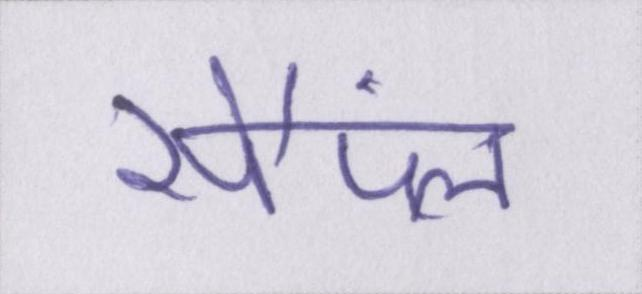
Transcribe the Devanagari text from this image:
सैंपल